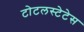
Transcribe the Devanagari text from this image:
टोटलस्टेटेस